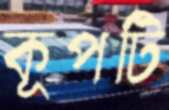
কূপটি